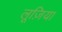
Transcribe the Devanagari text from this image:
लूज़िया